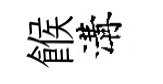
餱溝